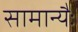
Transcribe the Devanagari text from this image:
सामान्यैः